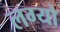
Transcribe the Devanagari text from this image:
लग्‍यो